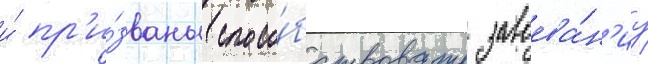
и́ пр'и́званы спосо́бствовать завоева́н'иу